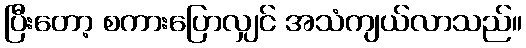
ပြီးတော့ စကားပြောလျှင် အသံကျယ်လာသည်။